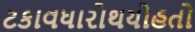
ટકાવધારોથયોહતો